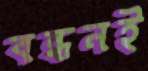
বন্ধনই